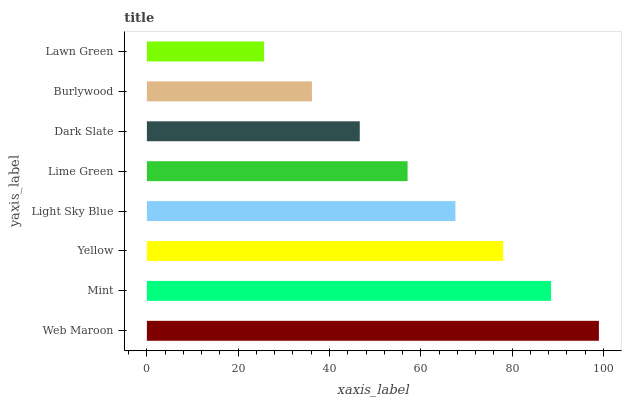
| yaxis_label | bars |
 | --- | --- |
 | Web Maroon | 99 |
 | Mint | 88.5 |
 | Yellow | 78.1 |
 | Light Sky Blue | 67.6 |
 | Lime Green | 57.1 |
 | Dark Slate | 46.6 |
 | Burlywood | 36.2 |
 | Lawn Green | 25.7 |